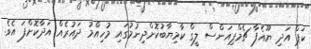
ކަޕް އަދި ޔޫއެފާ ޗެމްޕިއަންސް ލީގް ކާމިޔާބުކޮށްދިނުމުގައި މުހިއްމު ދައުރެއް އަދާކޮށްފަ އެވެ.